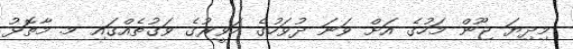
މިދިޔަ ޖޫން މަހުގެ އަށް ވަނަ ދުވަހުގެ ހަވީރުގެ ވަގުތެއްގައި މ. މާތޮޅު